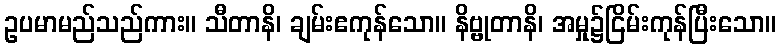
ဥပမာမည်သည်ကား။ သီတာနိ၊ ချမ်းဧကုန်သော။ နိဗ္ဗုတာနိ၊ အမှု၌ငြိမ်းကုန်ပြီးသော။